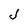
Character: J